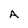
Character: A